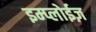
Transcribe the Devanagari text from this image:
इम्प्लोईज़